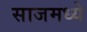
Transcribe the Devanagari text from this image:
साजमध्ये